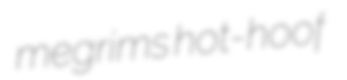
megrims hot-hoof